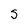
Character: S